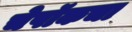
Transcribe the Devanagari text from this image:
चेपॉकचा